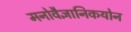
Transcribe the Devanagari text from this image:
मनोवैज्ञानिकयोन